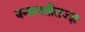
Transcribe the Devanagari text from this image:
वनस्पतीतज्‍ज्ञ